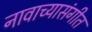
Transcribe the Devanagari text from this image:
नावाच्यासंगीत